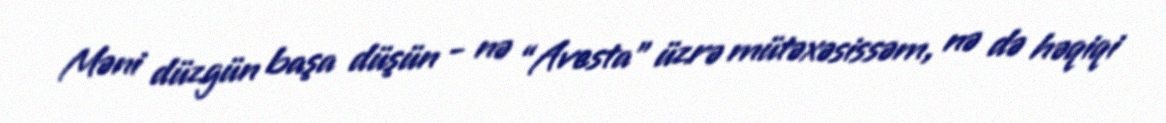
Məni düzgün başa düşün - nə “Avesta” üzrə mütəxəsissəm, nə də həqiqi